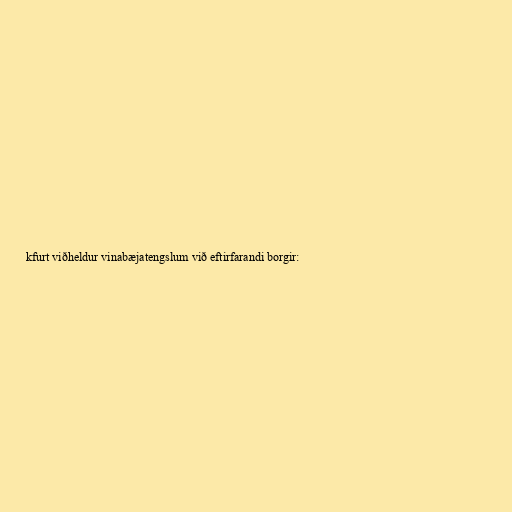
kfurt viðheldur vinabæjatengslum við eftirfarandi borgir: